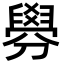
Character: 𦦑